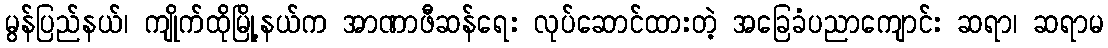
မွန်ပြည်နယ်၊ ကျိုက်ထိုမြို့နယ်က အာဏာဖီဆန်ရေး လုပ်ဆောင်ထားတဲ့ အခြေခံပညာကျောင်း ဆရာ၊ ဆရာမ